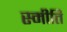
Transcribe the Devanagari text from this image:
स्मीति